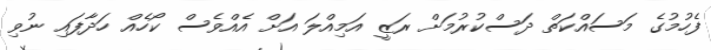
ފެހުމުގެ މަސައްކަތް ދަސްކުރުމަށް ރަޒީ އަމިއްލަ އަށް އެއްވެސް ކޯހެއް ހަދާފައި ނުވި